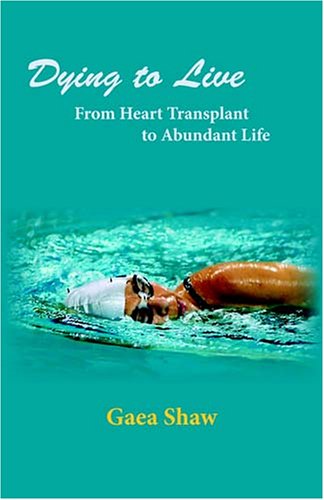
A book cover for Dying to Live: From Heart Transplant to Abundant Life; Gaea Shaw; Health, Fitness & Dieting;